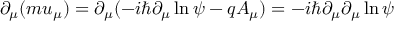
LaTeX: \partial _ { \mu } ( m u _ { \mu } ) = \partial _ { \mu } ( - i \hbar \partial _ { \mu } \ln \psi - q A _ { \mu } ) = - i \hbar \partial _ { \mu } \partial _ { \mu } \ln \psi